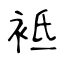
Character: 袛